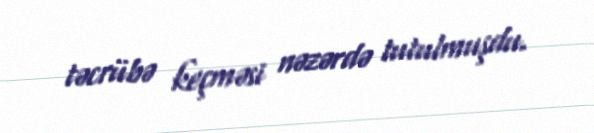
təcrübə keçməsi nəzərdə tutulmuşdu.